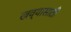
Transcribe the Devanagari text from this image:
खव्यासाठी